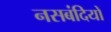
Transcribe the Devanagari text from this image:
नसबंदियों